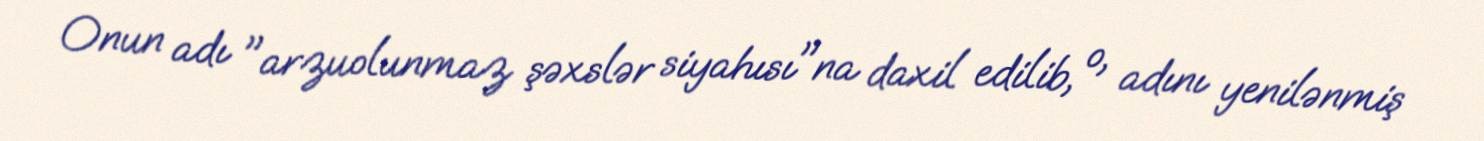
Onun adı "arzuolunmaz şəxslər siyahısı"na daxil edilib, o, adını yenilənmiş